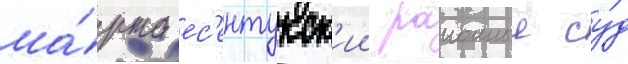
ма́рта ес'ентукск'ии раионныи су́д